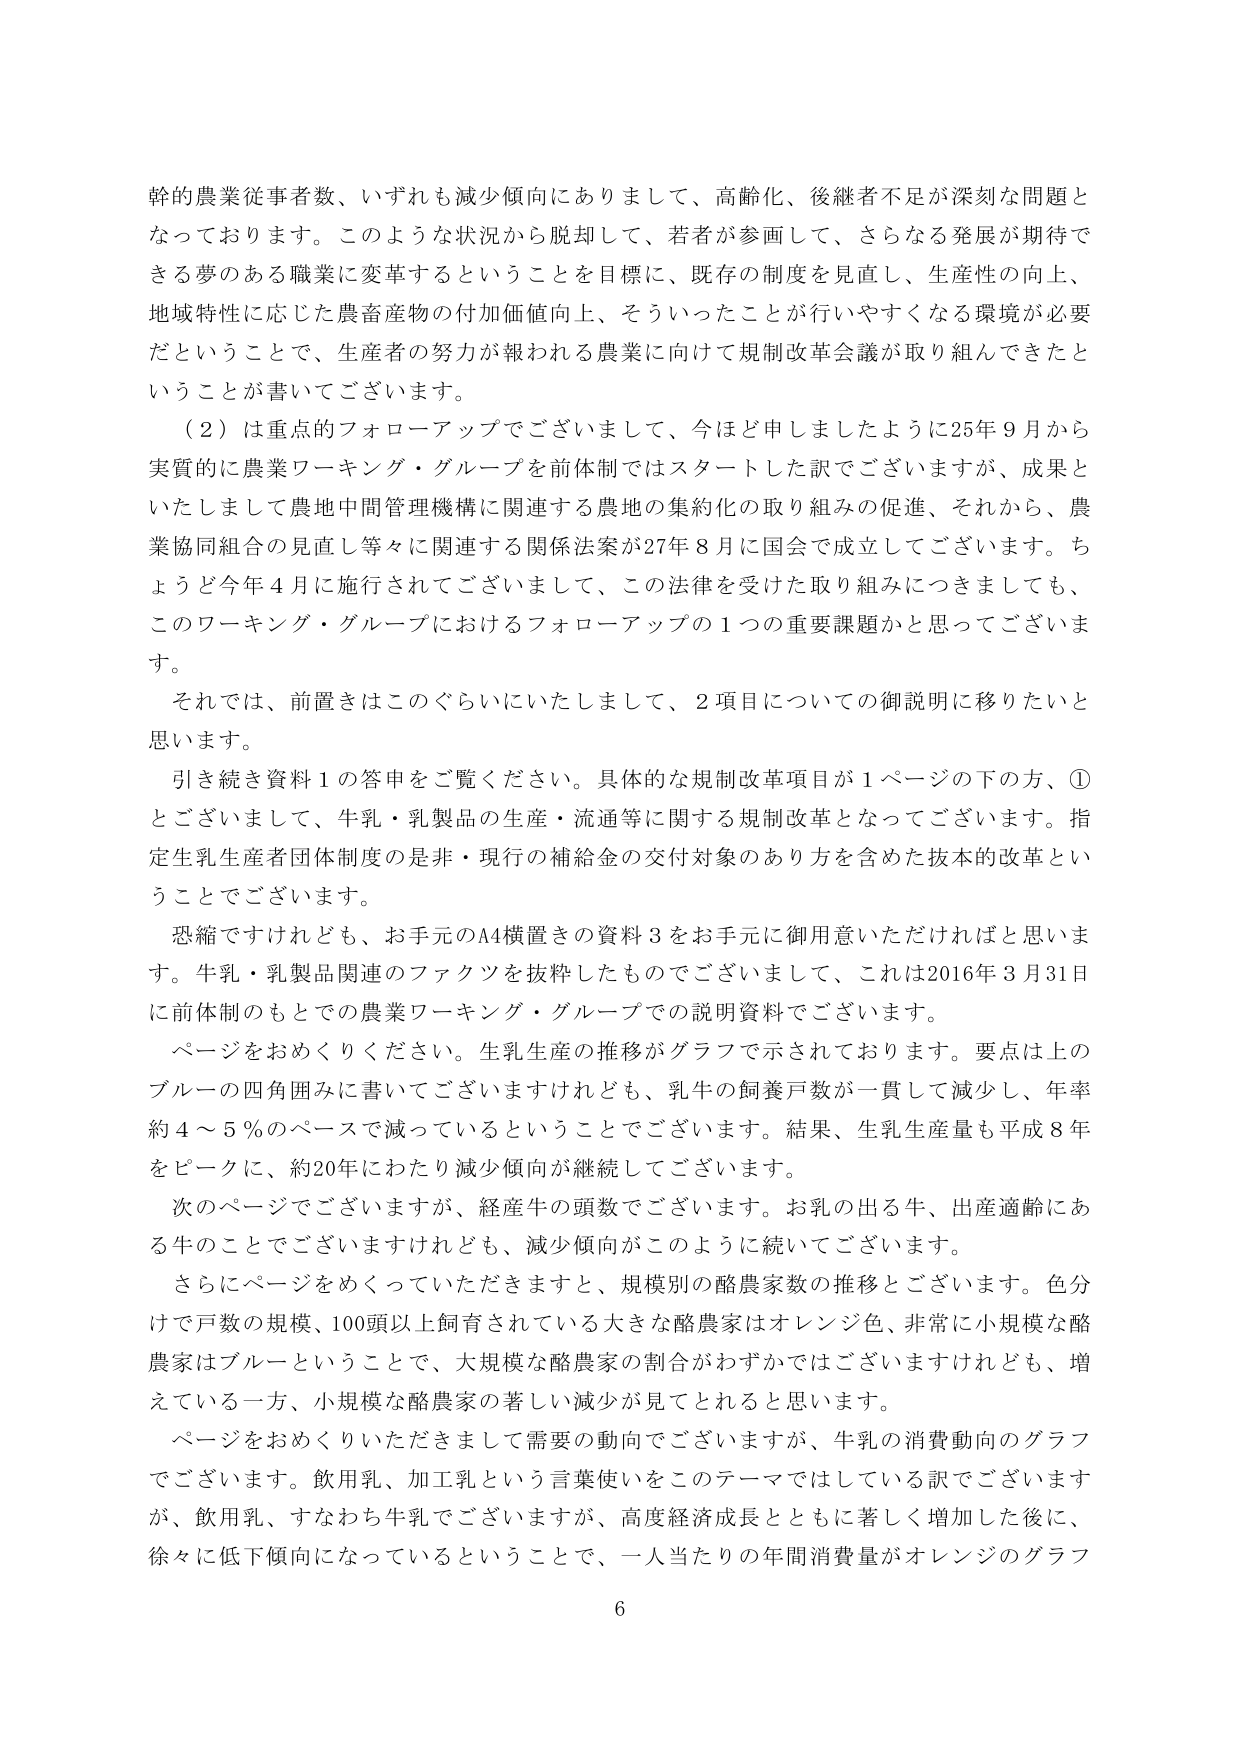
幹的農業従事者数、いずれも減少傾向にありまして、高齢化、後継者不足が深刻な問題となっております。このような状況から脱却して、若者が参画して、さらなる発展が期待できる夢のある職業に変革することを目標に、既存の制度を見直し、生産性の向上、地域特性に応じた農畜産物の付加価値向上、そういったことが行いやすくなる環境が必要だということで、生産者の努力が報われる農業に向けて規制改革会議が取り組んできたということが書いてございます。

（2）は重点のフォローアップでございまして、今ほど申しましたように25年9月から実質的に農業ワーキング・グループを前体制ではスタートした訳でございますが、成果といたしまして農地中間管理機構に関連する農地の集約化の取り組みの促進、それから、農業協同組合の見直し等々に関連する関係法案が27年8月に国会で成立してございます。ちょうど今年4月に施行されてございまして、この法律を受けた取り組みにつきましても、このワーキング・グループにおけるフォローアップの1つの重要課題かと思ってございます。

それでは、前置きはこのぐらいにいたしまして、2項目についての御説明に移りたいと思います。

引き続き資料1の答申をご覧ください。具体的な規制改革項目が1ページの下の方、①とございまして、牛乳・乳製品の生産・流通等に関する規制改革となってございます。指定生乳生産者団体制度の是非・現行の補給金の交付対象のあり方を含めた抜本的改革ということでございます。

恐縮ですけれども、お手元のA4横置きの資料3をお手元に御用意いただければと思います。牛乳・乳製品関連のファクツを抜粋したものでございまして、これは2016年3月31日に前体制のもとでの農業ワーキング・グループでの説明資料でございます。

ページをおめくりください。生乳生産の推移がグラフで示されております。要点は上のブルーの四角囲みに書いてございますけれども、乳牛の飼養戸数が一貫して減少し、年率約4～5％のペースで減っているということでございます。結果、生乳生産量も平成8年をピークに、約20年にわたり減少傾向が継続してございます。

次のページでございますが、経産牛の頭数でございます。お乳の出る牛、出産適齢にある牛のことでございますけれども、減少傾向がこのように続いてございます。

さらにページをめくっていただきますと、規模別の酪農家数の推移でございます。色分けで戸数の規模、100頭以上飼育されている大きな酪農家はオレンジ色、非常に小規模な酪農家はブルーということで、大規模な酪農家の割合がわずかではございますけれども、増えている一方、小規模な酪農家の著しい減少が見てとれると思います。

ページをおめくりいただきまして需要の動向でございますが、牛乳の消費動向のグラフでございます。飲用乳、加工乳という言葉使いをこのテーマではしている訳でございますが、飲用乳、すなわち牛乳でございますが、高度経済成長とともに著しく増加した後に、徐々に低下傾向になっているということで、一人当たりの年間消費量がオレンジのグラフ

6